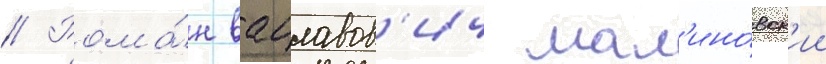
// Рома́н вацлавов'ич мал'ино́вск'ии